Note on the mental hospitals in Burma - 1925-1940
Year: 1925
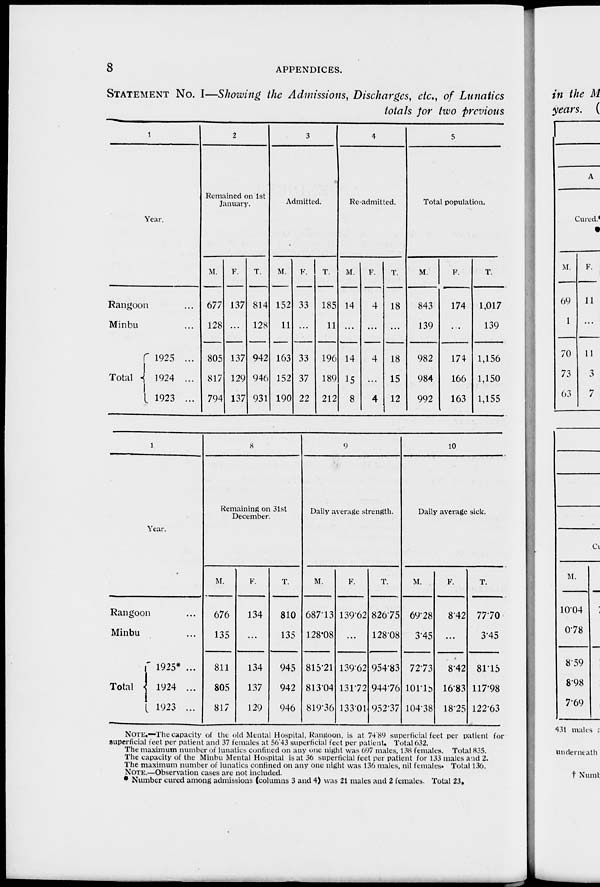
8
APPENDICES.
STATEMENT No. I—Showing the Admissions, Discharges, etc., of Lunatics
totals for two previous
1
Year.
Rangoon ...
Minbu ...
Total
1925 ...
1924 ...
1923 ...
2
Remained on 1st
January.
M.
677
128
805
817
794
F.
137
...
137
129
137
T.
814
128
942
946
931
3
Admitted.
M.
152
11
163
152
190
F.
33
...
33
37
22
T.
185
11
196
189
212
4
Re-admitted.
M.
14
...
14
15
8
F.
4
...
4
...
4
T.
18
...
18
15
12
5
Total population.
M.
843
139
982
984
992
F.
174
...
174
166
163
T.
1,017
139
1,156
1,150
1,155
1
Year.
Rangoon ...
Minbu ...
Total
1925* ...
1924 ...
1923 ...
8
Remaining on 31st
December.
M.
676
135
811
805
817
F.
134
...
134
137
129
T.
810
135
945
942
946
9
Daily average strength.
M.
687.13
128.08
815.21
813.04
819.36
F.
139.62
...
139.62
131.72
133.01
T.
826.75
128.08
954.83
944.76
952.37
10
Daily average sick.
M.
69.28
3.45
72.73
101.15
104.38
F.
8.42
...
8.42
16.83
18.25
T.
77.70
3.45
81.15
117.98
122.63
NOTE.—The capacity of the old Mental Hospital. Rangoon, is at 74.89 superficial feet per patient for
superficial feet per patient and 37 females at 56.43 superficial feet per patient. Total 632.
The maximum number of lunatics confined on any one night was 697 males, 138 females. Total 835.
The capacity of the Minbu Mental Hospital is at 36 superficial feet per patient for 133 males and 2.
The maximum number of lunatics confined on any one night was 136 males, nil females. Total 136.
NOTE.—Observation cases are not included.
* Number cured among admissions (columns 3 and 4) was 21 males and 2 females. Total 23.